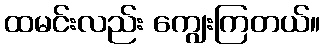
ထမင်းလည်း ကျွေးကြတယ်။